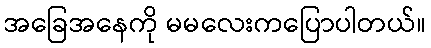
အခြေအနေကို မမလေးကပြောပါတယ်။